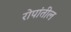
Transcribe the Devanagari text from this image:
रोपांतील